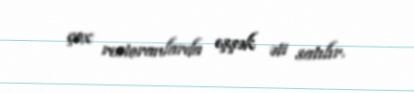
çox restoranlarda eşşək əti satılır.